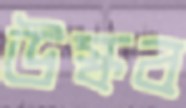
উস্‌কব